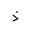
Letter: _thal